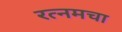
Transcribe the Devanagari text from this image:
रत्नमचा